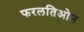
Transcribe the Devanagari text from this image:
फरलतिओन